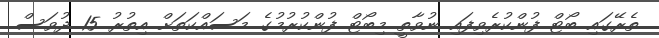
ތެރޭގައި ބޯޓް ފުންކުރެވިފައި ނުވާތީ މިބޯޓް ފުންކުރުމުގެ މަސައްކަތަށް އިތުރު 15 ދުވަސް